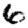
Digit: 6